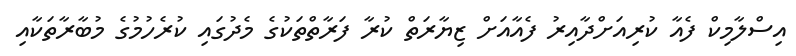
އިސްލާމިކް ފެއާ ކުރިއަށްދާއިރު ފެއާއަށް ޒިޔާރަތް ކުރާ ފަރާތްތަކުގެ މެދުގައި ކުރެހުމުގެ މުބާރާތަކާއި